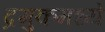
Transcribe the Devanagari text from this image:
द्रमुकमध्ये